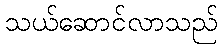
သယ်ဆောင်လာသည်